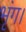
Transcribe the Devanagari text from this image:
भृंग।